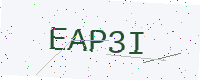
Text: EAP3I